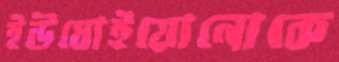
ইউধোইয়োনোকে